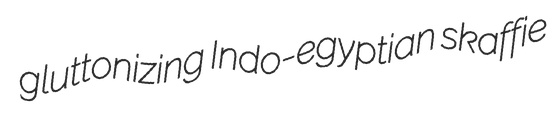
gluttonizing Indo-egyptian skaffie